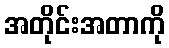
အတိုင်းအတာကို